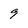
Character: 9